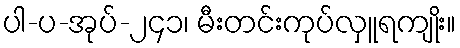
ပါ-ပ-အုပ်-၂၄၁၊ မီးတင်းကုပ်လှူရကျိုး။